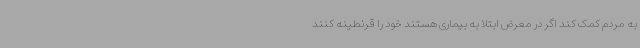
به مردم کمک کند اگر در معرض ابتلا به بیماری هستند خود را قرنطینه کنند